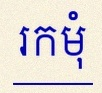
រកមុំ